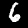
Label: 6